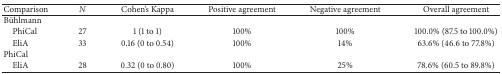
| Comparison | N | Cohen's Kappa | Positive agreement | Negative agreement | Overall agreement |
 | --- | --- | --- | --- | --- | --- |
 | Bühlmann |  |  |  |  |  |
 | PhiCal | 27 | 1 (1 to 1) | 100% | 100% | 100.0% (87.5 to 100.0%) |
 | EliA | 33 | 0.16 (0 to 0.54) | 100% | 14% | 63.6% (46.6 to 77.8%) |
 | PhiCal |  |  |  |  |  |
 | EliA | 28 | 0.32 (0 to 0.80) | 100% | 25% | 78.6% (60.5 to 89.8%) |